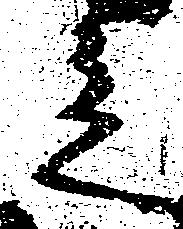
走